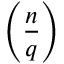
\left( { \frac { n } { q } } \right)